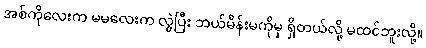
အစ်ကိုလေးက မမလေးက လွဲပြီး ဘယ်မိန်းမကိုမှ ရှိတယ်လို့ မထင်ဘူးလို့။